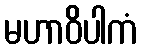
မဟာဝိပါကံ